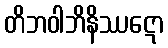
တိဘဝါဘိနိဿဋော